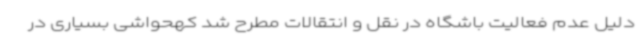
دلیل عدم فعالیت باشگاه در نقل و انتقالات مطرح شد کهحواشی بسیاری در